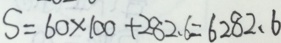
S = 6 0 \times 1 0 0 + 2 8 2 . 6 = 6 2 8 2 . 6